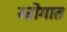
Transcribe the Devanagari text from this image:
स्त्रोगात